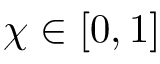
\chi \in [ 0 , 1 ]